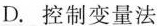
D.控制变量法